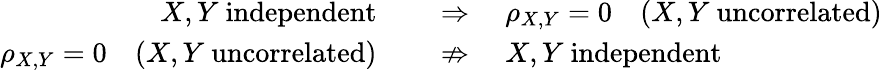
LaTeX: \begin{array}{rl}{X,Y{\mathrm{~independent}}\quad}&{{}\Rightarrow\quad\rho_{X,Y}=0\quad(X,Y{\mathrm{~uncorrelated}})}\\ {\rho_{X,Y}=0\quad(X,Y{\mathrm{~uncorrelated}})\quad}&{{}\nRightarrow\quad X,Y{\mathrm{~independent}}}\end{array}